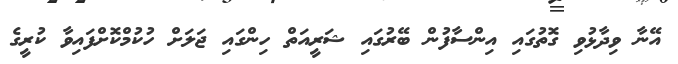
އޭނާ ވިދާޅުވި ގޮތުގައި އިންސާފުން ބޭރުގައި ޝަރީއަތް ހިންގައި ޖަލަށް ހުކުމްކޮށްފައިވާ ކުރީގެ